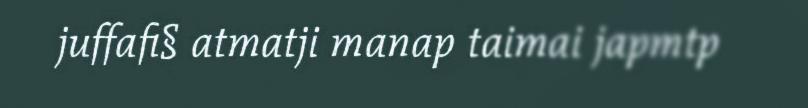
juffafi§ atmatji manap taimai japmtp